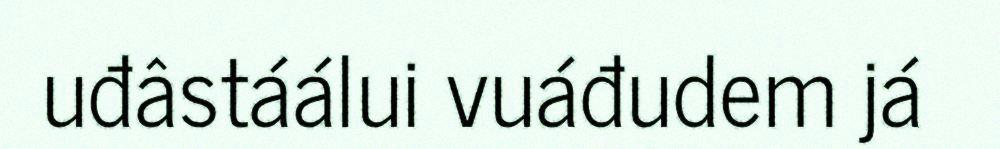
uđâstáálui vuáđudem já